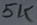
Text: 5K